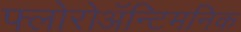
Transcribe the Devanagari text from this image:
फ्लोरोअॅन्टिमनिक